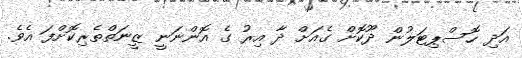
އަދި ހޮސްޕިޓަލުން ދޫކޮށް ގެއަށް ދާ އިރު ގެ އޮންނަނީ ޒީނަތްތެރިކޮށްފަ އެވެ.